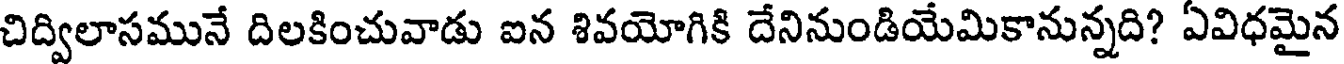
చిద్విలాసమునే దిలకించువాడు ఐన శివయోగికి దేనినుండియేమికానున్నది? ఏవిధమైన